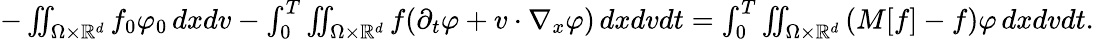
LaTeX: \begin{array}{r}{-\iint_{\Omega\times\mathbb R^{d}}f_{0}\varphi_{0}\, dxdv-\int_{0}^{T}\iint_{\Omega\times\mathbb R^{d}}f(\partial_{t}\varphi+v\cdot\nabla_{x}\varphi)\, dxdvdt=\int_{0}^{T}\iint_{\Omega\times\mathbb R^{d}}\left(M[f]-f\right)\varphi\, dxdvdt.}\end{array}